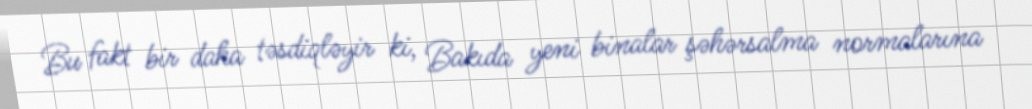
Bu fakt bir daha təsdiqləyir ki, Bakıda yeni binalar şəhərsalma normalarına